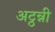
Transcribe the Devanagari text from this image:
अट्ठन्नी